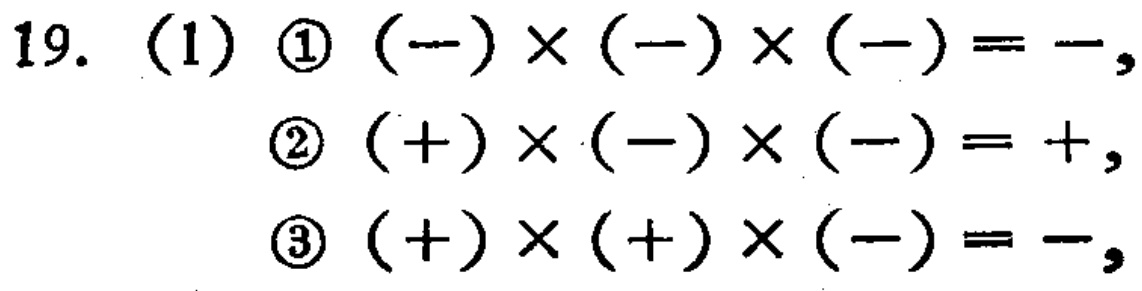
19. (1) \textcircled{1} \((-)\times(-)\times(-)=-\)，
\textcircled{2} \((+)\times(-)\times(-)=+\)，
\textcircled{3} \((+)\times(+)\times(-)=-\)，